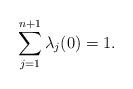
LaTeX: \begin{align*}\sum_{j=1}^{n+1}\lambda_j(0)=1. \end{align*}